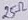
Text: 25Ω